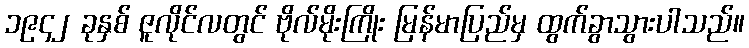
၁၉၄၂ ခုနှစ် ဇူလိုင်လတွင် ဗိုလ်မိုးကြိုး မြန်မာပြည်မှ ထွက်ခွာသွားပါသည်။